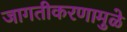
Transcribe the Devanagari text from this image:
जागतीकरणामुळे